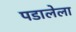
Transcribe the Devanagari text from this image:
पडालेला